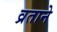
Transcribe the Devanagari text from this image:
व्रताने